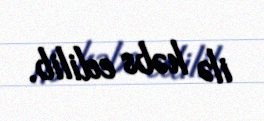
ilə həbs edilib.